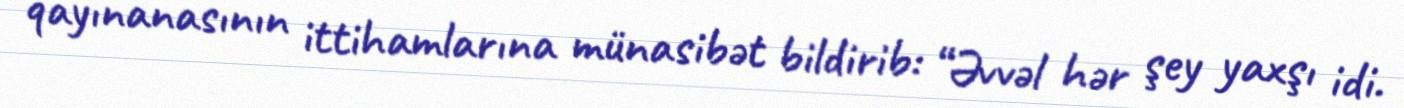
qayınanasının ittihamlarına münasibət bildirib: “Əvvəl hər şey yaxşı idi.